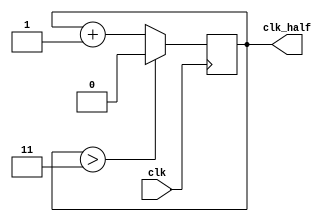
`timescale 1ns / 1ps

module half_clk (input clk, output clk_half);

reg cfreq = 0;

assign clk_half = cfreq;

always @(posedge clk) begin
    if (cfreq > 2'b11) 
        // para que su valor no se incremente indefinidamente
        cfreq <= 0; 
    else
        cfreq <= cfreq + 1;
end

endmodule